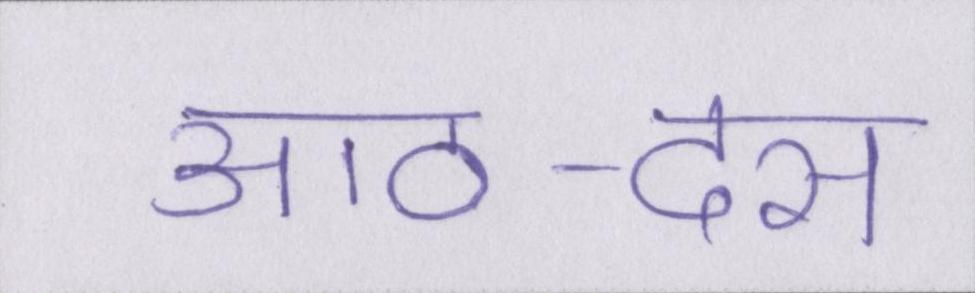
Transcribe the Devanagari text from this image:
आठ-दस